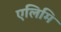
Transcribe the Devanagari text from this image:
एलिमि